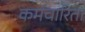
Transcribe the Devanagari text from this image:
कर्मचारिता